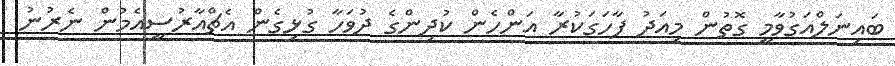
ބައިނަލްއަގުވާމީ ގޮތުން މިއަދު ފާހަގަކުރާ އަންހެން ކުދިންގެ ދުވަހާ ގުޅިގެން އެޗްއާރުސީއެމުން ނެރުނު